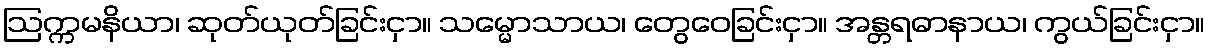
ဩက္ကမနိယာ၊ ဆုတ်ယုတ်ခြင်းငှာ။ သမ္မောသာယ၊ တွေဝေခြင်းငှာ။ အန္တရဓာနာယ၊ ကွယ်ခြင်းငှာ။